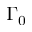
\Gamma _ { 0 }